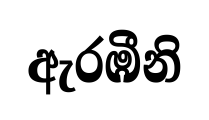
ඇරඹීනි